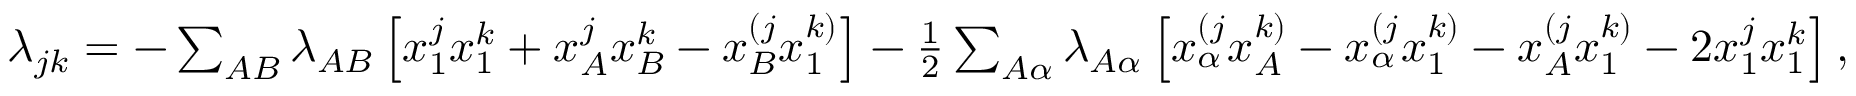
\begin{array} { r } { \lambda _ { j k } = - \sum _ { A B } \lambda _ { A B } \left[ x _ { 1 } ^ { j } x _ { 1 } ^ { k } + x _ { A } ^ { j } x _ { B } ^ { k } - x _ { B } ^ { ( j } x _ { 1 } ^ { k ) } \right] - \frac 1 2 \sum _ { A \alpha } \lambda _ { A \alpha } \left[ x _ { \alpha } ^ { ( j } x _ { A } ^ { k ) } - x _ { \alpha } ^ { ( j } x _ { 1 } ^ { k ) } - x _ { A } ^ { ( j } x _ { 1 } ^ { k ) } - 2 x _ { 1 } ^ { j } x _ { 1 } ^ { k } \right] , } \end{array}